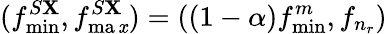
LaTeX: (f_{\operatorname*{min}}^{S\mathbf{X}},f_{\operatorname*{ma\mathit{x}}}^{S\mathbf{X}})=((1-\alpha)f_{\operatorname*{min}}^{m},f_{n_{r}})